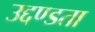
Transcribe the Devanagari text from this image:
उद्दण्डता